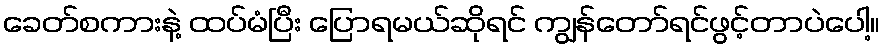
ခေတ်စကားနဲ့ ထပ်မံပြီး ပြောရမယ်ဆိုရင် ကျွန်တော်ရင်ဖွင့်တာပဲပေါ့။